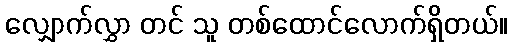
လျှောက်လွှာ တင် သူ တစ်ထောင်လောက်ရှိတယ်။